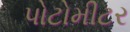
પોટોમીટર